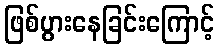
ဖြစ်ပွားနေခြင်းကြောင့်